342_HS1-416511228_319.1 Flying Discs 1949
Agency: Department of War
Incident date: 1/9/50
Page 52
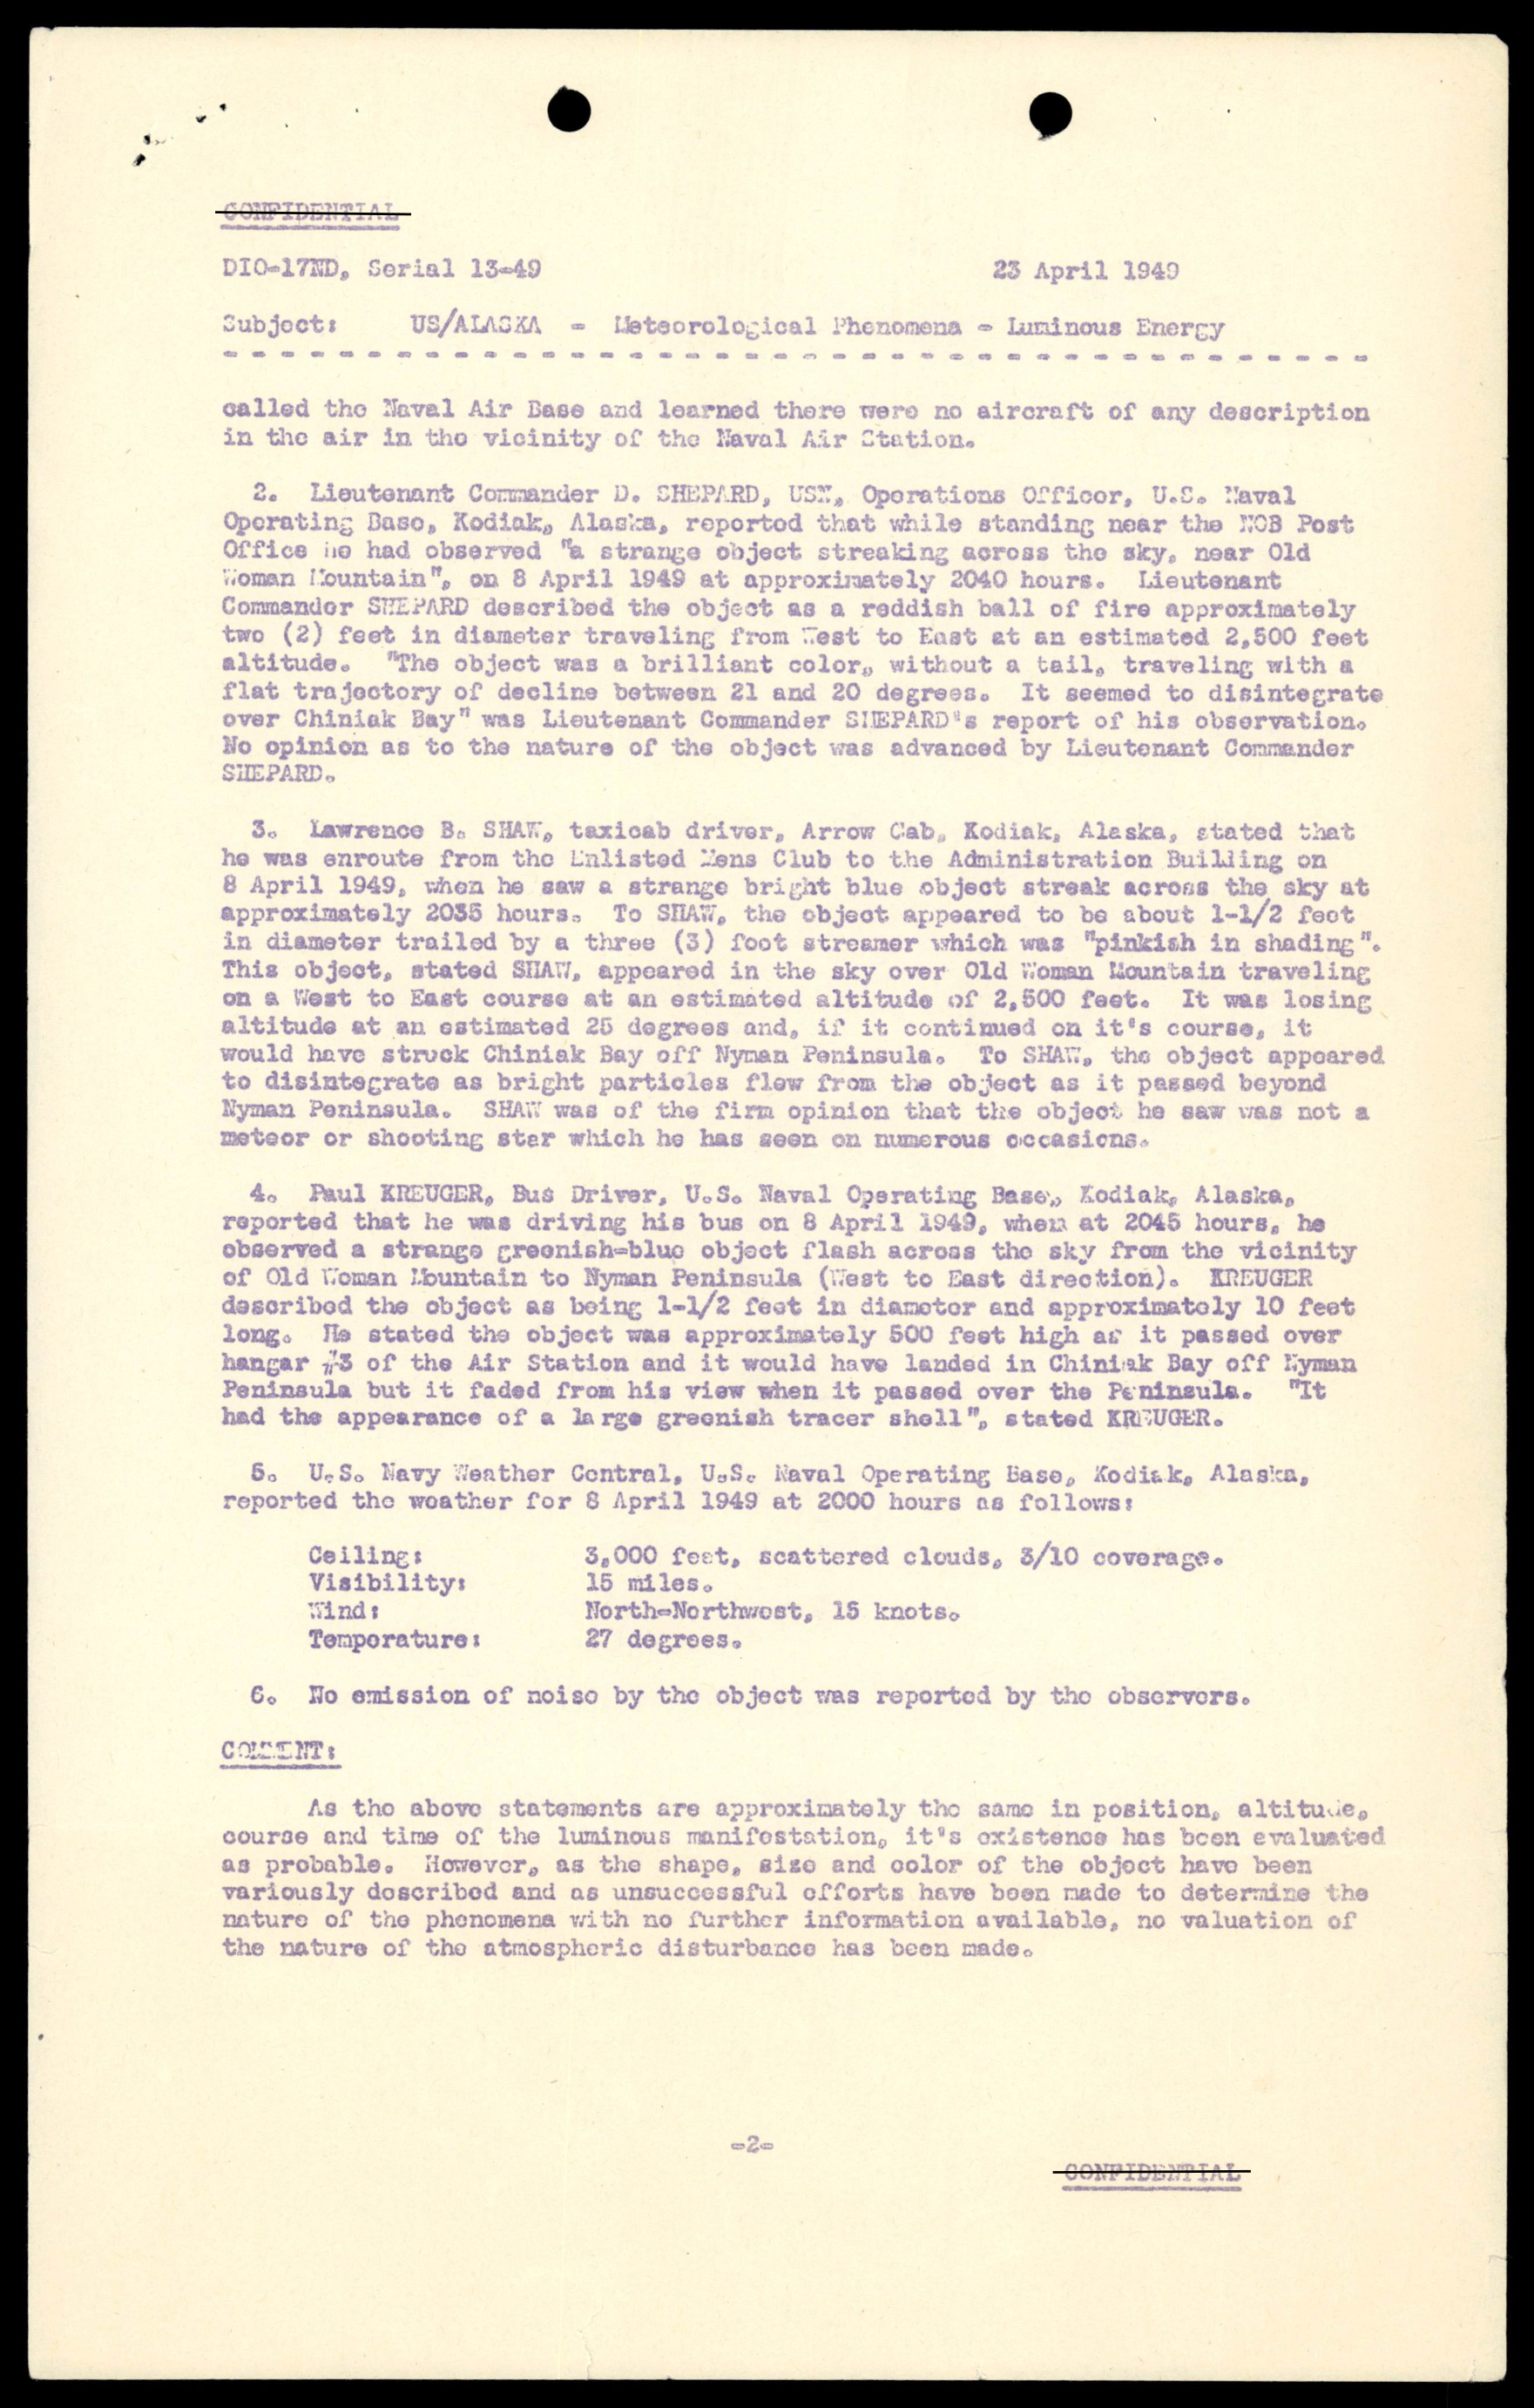